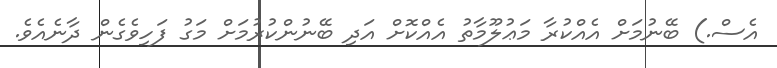
އެސް.) ބޭނުމަށް އެއްކުރާ މަޢުލޫމާތު އެއްކޮށް އަދި ބޭނުންކުރުމަށް މަގު ފަހިވެގެން ދާނެއެވެ.